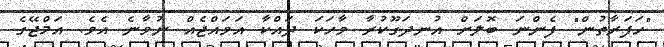
"ހަފަރާތުން" ފެންނަ ބޮލަށް އުނދަގޫކުރާ ވާހަކަ ދައްކާ އަވައްޖެއް ނުވާނެ އެވެ. އަމްޖޭގެ